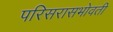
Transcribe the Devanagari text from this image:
परिसरासभोवती